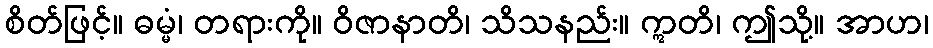
စိတ်ဖြင့်။ ဓမ္မံ၊ တရားကို။ ဝိဇာနာတိ၊ သိသနည်း။ ဣတိ၊ ဤသို့။ အာဟ၊